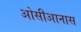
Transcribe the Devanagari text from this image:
ओसीआनास